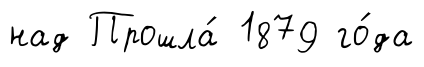
над Прошла́ 1879 го́да